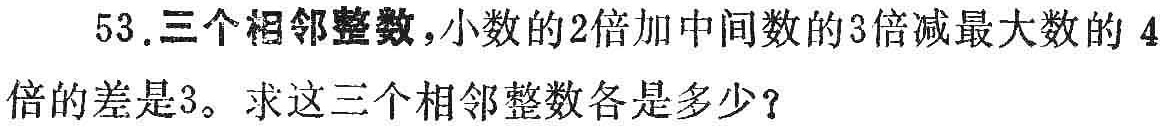
53.三个相邻整数，小数的2倍加中间数的3倍减最大数的 4倍的差是3。求这三个相邻整数各是多少？